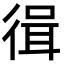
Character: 㣬